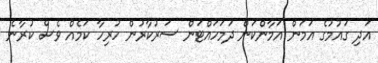
އަދި ގައުމުގެ އަމަން އަމާންކަން ދަމަހައްޓަން ސަރުކާރުން ހުރިހާ ކަމެއް ވެސް ކުރާނެ